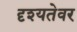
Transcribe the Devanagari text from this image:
दृश्यतेवर